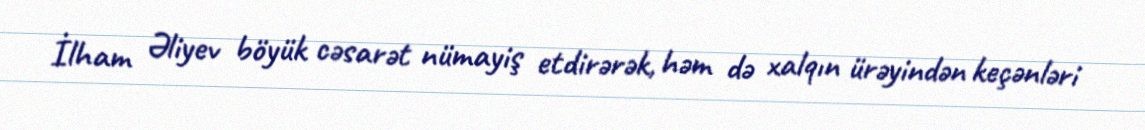
İlham Əliyev böyük cəsarət nümayiş etdirərək, həm də xalqın ürəyindən keçənləri